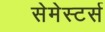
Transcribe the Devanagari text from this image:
सेमेस्टर्स